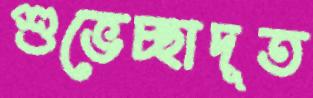
শুভেচ্ছাদূত